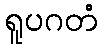
ရူပဂတံ